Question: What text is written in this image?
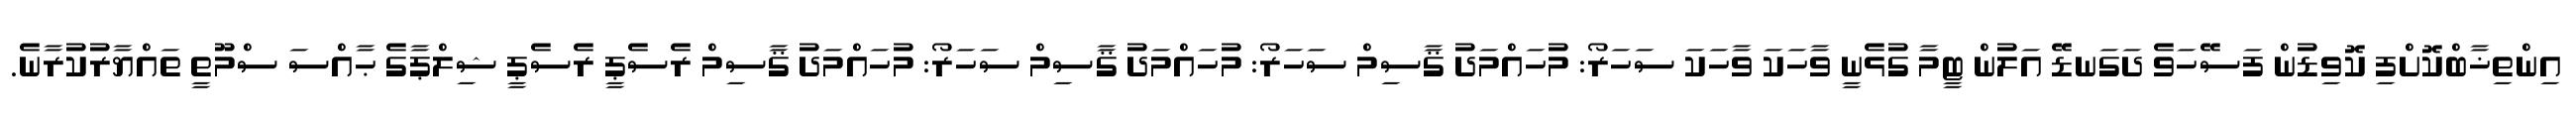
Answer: އިންތިޚާބްކޮށްފި ކޮވިޑުން ފަސޭހަވެ ދަގަނޑޭ އަލުން ޓީމާ ގުޅެނީ ވާހަކަ ވާހަކަ ސަހަރޯ: މުހައްމަދު ޤާސިމް ސަހަރޯ: މުހައްމަދު ޤާސިމް ސަހަރޯ: މުހައްމަދު ޤާސިމް ރެސެޕީ ރެސެޕީ ޝިލްޕާގެ ޙާއްސަ ސްމޫތީ ތައްޔާރުކުރާނެ.